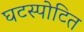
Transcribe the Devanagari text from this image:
घटस्पोटित